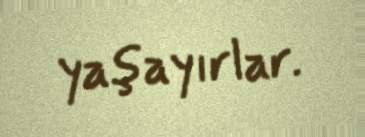
yaşayırlar.